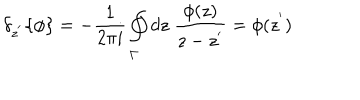
LaTeX: { \delta } _ { z ^ { ' } } \{ \phi \} = - \frac { 1 } { 2 \pi i } \oint _ { \Gamma } d z \; \frac { \phi ( z ) } { z - z ^ { ' } } = \phi ( z ^ { ' } )